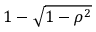
1 - { \sqrt { 1 - \rho ^ { 2 } } }